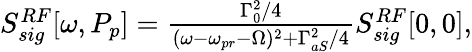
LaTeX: \begin{array}{r}{S_{sig}^{RF}[\omega,P_{p}]=\frac{\Gamma_{0}^{2}/4}{(\omega-\omega_{pr}-\Omega)^{2}+\Gamma_{aS}^{2}/4}S_{sig}^{RF}[0,0],}\end{array}